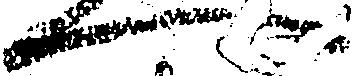
へ